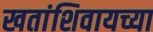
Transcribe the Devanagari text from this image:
खतांशिवायच्या